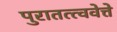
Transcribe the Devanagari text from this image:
पुरातत्त्ववेत्ते